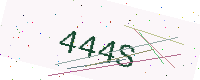
Text: 444S